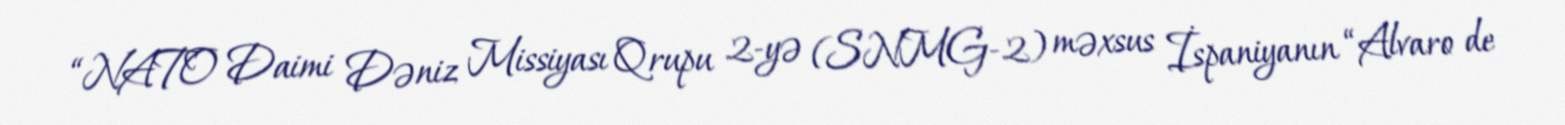
“NATO Daimi Dəniz Missiyası Qrupu 2-yə (SNMG-2) məxsus İspaniyanın “Alvaro de